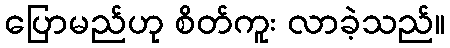
ပြောမည်ဟု စိတ်ကူး လာခဲ့သည်။